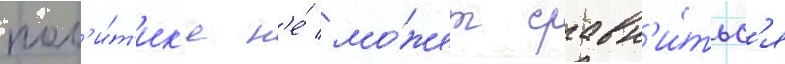
пол'и́т'ик'е н'е́ мо́жет сравн'и́тьс'я